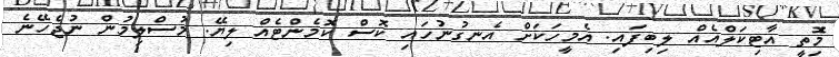
މިެޮތީ އާޓިކަލްއެއް ލިބިފައި. އެމީހަކަށް އެނގުނުހައި ކޮސް ކޮމެންޓެއް ލިޔޭ. މުސްލިމުން ނުޖެހޭނެ